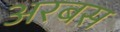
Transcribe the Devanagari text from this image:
अरबस